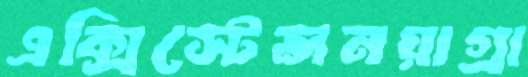
এক্সিস্টেন্সনয়াগ্রা